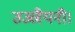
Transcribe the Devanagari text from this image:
उज्जैयनी।